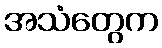
အသံတွေက